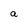
Character: a